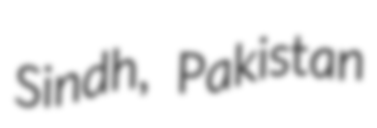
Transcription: Sindh, Pakistan